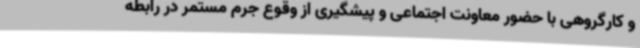
و کارگروهی با حضور معاونت اجتماعی و پیشگیری از وقوع جرم مستمر در رابطه